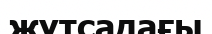
жұтсадағы